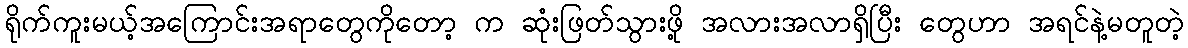
ရိုက်ကူးမယ့်အကြောင်းအရာတွေကိုတော့ က ဆုံးဖြတ်သွားဖို့ အလားအလာရှိပြီး တွေဟာ အရင်နဲ့မတူတဲ့